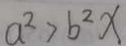
a ^ { 2 } > b ^ { 2 } x